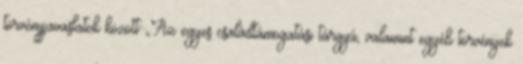
törvényjavaslatok között „Az egyes családtámogatási tárgyú, valamint egyéb törvények